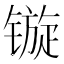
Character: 镟